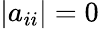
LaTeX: |a_{ii}|=0